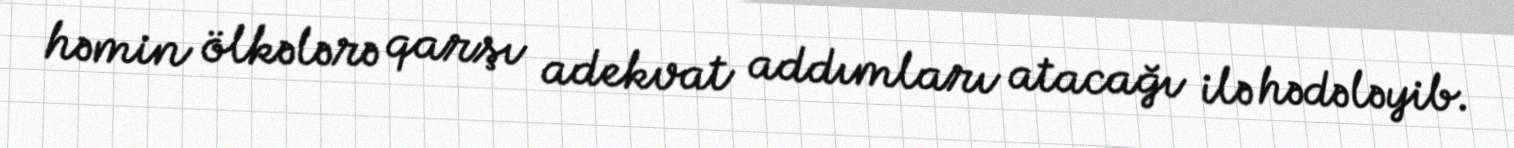
həmin ölkələrə qarşı adekvat addımları atacağı ilə hədələyib.